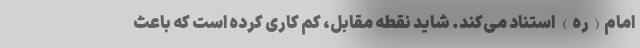
امام(ره) استناد می‌کند. شاید نقطه مقابل، کم کاری کرده است که باعث